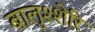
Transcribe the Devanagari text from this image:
बालुश्शेरि